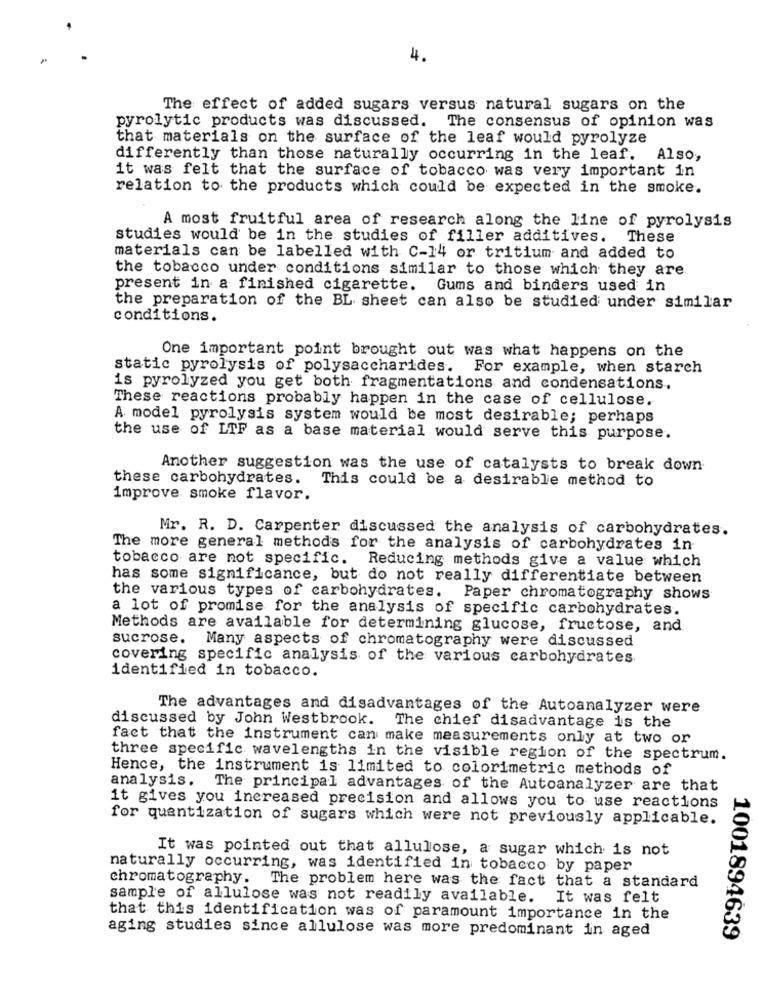
4.
The effect of added sugars versus natural sugars on the
pyrolytic products was discussed. The consensus of opinion was
that materials on the surface of the leaf would pyrolyze
differently than those naturally occurring in the leaf. Also,
it was felt that the surface of tobacco was very important in
relation to the products which could be expected in the smoke.
A most fruitful area of research along the line of pyrolysis
studies would be in the studies of filler additives. These
materials can be labelled with C-14 or tritium and added to
the tobacco under conditions similar to those which they are
present in a finished cigarette. Gums and binders used in
the preparation of the BL sheet can also be studied under similar
conditions.
One important point brought out was what happens on the
static pyrolysis of polysaccharides. For example, when starch
is pyrolyzed you get both fragmentations and condensations.
These reactions probably happen in the case of cellulose.
A model pyrolysis system would be most desirable; perhaps
the use of LTF as a base material would serve this purpose.
Another suggestion was the use of catalysts to break down
these carbohydrates. This could be a desirable method to
improve smoke flavor.
Mr. R. D. Carpenter discussed the analysis of carbohydrates.
The more general methods for the analysis of carbohydrates in
tobacco are not specific. Reducing methods give a value which
has some significance, but do not really differentiate between
the various types of carbohydrates. Paper chromatography shows
a lot of promise for the analysis of specific carbohydrates.
Methods are available for determining glucose, fructose, and
sucrose. Many aspects of chromatography were discussed
covering specific analysis of the various carbohydrates
identified in tobacco.
The advantages and disadvantages of the Autoanalyzer were
discussed by John Westbrook. The chief disadvantage is the
fact that the instrument can make measurements only at two or
three specific wavelengths in the visible region of the spectrum.
Hence, the instrument is limited to colorimetric methods of
analysis. The principal advantages of the Autoanalyzer are that
it gives you increased precision and allows you to use reactions
for quantization of sugars which were not previously applicable.
It was pointed out that allulose, a sugar which is not
naturally occurring, was identified in tobacco by paper
chromatography. The problem here was the fact that a standard
sample of allulose was not readily available.
It was felt
that this identification was of paramount importance in the
aging studies since allulose was more predominant in aged
1001894639